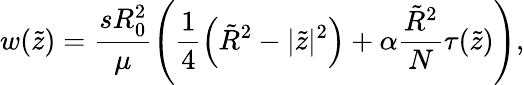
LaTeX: w(\tilde{z})=\frac{sR_{0}^{2}}{\mu}\left(\frac{1}{4}\left(\tilde{R}^{2}-|\tilde{z}|^{2}\right)+\alpha\frac{\tilde{R}^{2}}{N}\tau(\tilde{z})\right),